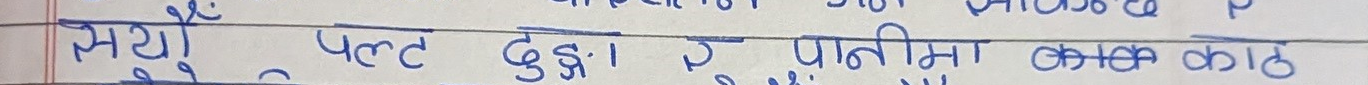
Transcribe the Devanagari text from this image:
मर्यों पल्ट दुइ। र पानीमा काककाठ